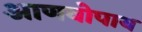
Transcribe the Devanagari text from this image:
आणवोपाय